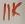
Text: 11K